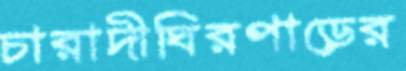
চারাদীঘিরপাড়ের